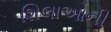
શિલાઓની